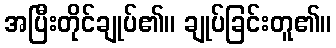
အပြီးတိုင်ချုပ်၏။ ချုပ်ခြင်းတူ၏။